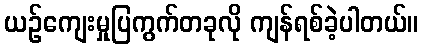
ယဉ်ကျေးမှုပြကွက်တခုလို ကျန်ရစ်ခဲ့ပါတယ်။